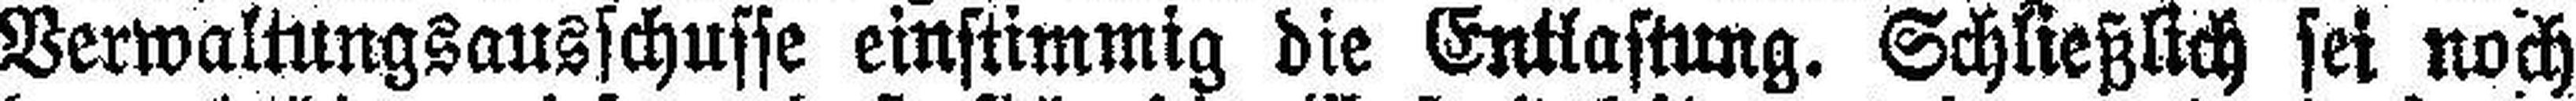
Verwaltungsausschusse einstimmig die Entlastung. Schließlich sei noch